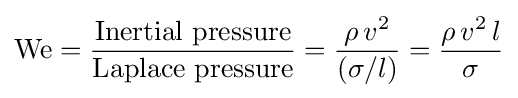
\mathrm {We} ={\frac {\mbox{Inertial pressure}}{\mbox{Laplace pressure}}}={\frac {\rho \,v^{2}}{\left(\sigma /l\right)}}={\frac {\rho \,v^{2}\,l}{\sigma }}